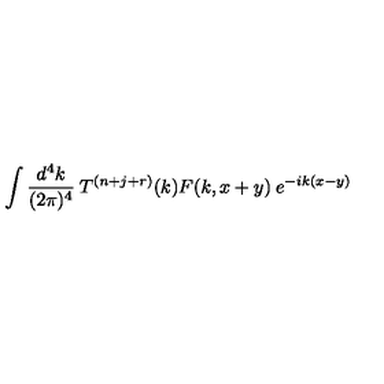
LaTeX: \int \frac { d ^ { 4 } k } { ( 2 \pi ) ^ { 4 } } \: T ^ { ( n + j + r ) } ( k ) F ( k , x + y ) \: e ^ { - i k ( x - y ) }